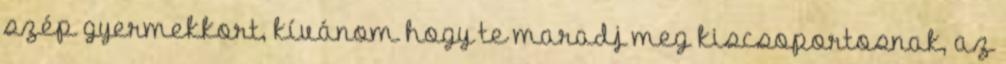
szép gyermekkort, kívánom hogy te maradj meg kiscsoportosnak, az